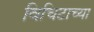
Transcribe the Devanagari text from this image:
विचिटाच्या